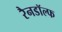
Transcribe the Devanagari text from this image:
रैनडॉल्फ